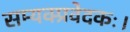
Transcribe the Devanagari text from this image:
सम्यक्प्रवेदकः।